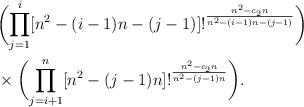
LaTeX: \begin{align*} & \biggl( \prod_{j=1}^i [n^2-(i-1)n-(j-1)]!^{\frac{n^2-c_2n}{n^2-(i-1)n-(j-1)}} \biggr) \\ & \times \biggl( \prod_{j=i+1}^n [n^2-(j-1)n]!^{\frac{n^2-c_2n}{n^2-(j-1)n}} \biggr). \end{align*}